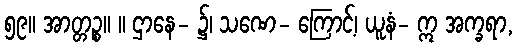
၅၉။ အာတ္တဉ္စ။ ။ ဌာနေ- ၌၊ သဏေ- ကြောင့်၊ ယူနံ- ဣ အက္ခရာ,